Malaria in the Punjab - Number 46
Disease focus: Malaria
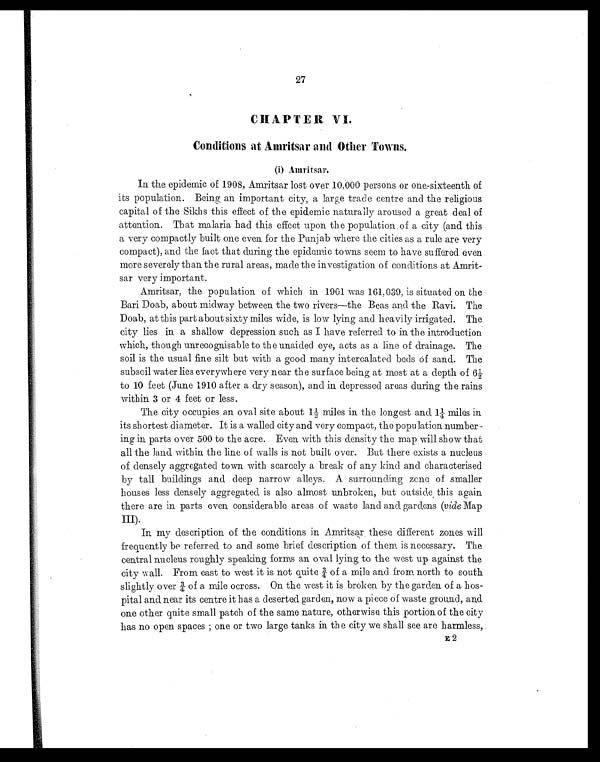
27
CHAPTER VI.
Conditions at Amritsar and Other Towns.
(i) Amritsar.
In the epidemic of 1908, Amritsar lost over 10,000 persons or one-sixteenth of
its population. Being an important city, a large trade centre and the religious
capital of the Sikhs this effect of the epidemic naturally aroused a great deal of
attention. That malaria had this effect upon the population of a city (and this
a very compactly built one even for the Punjab where the cities as a rule are very
compact), and the fact that during the epidemic towns seem to have suffered. even
more severely than the rural areas, made the investigation of conditions at Amrit-
sar very important.
Amritsar, the population of which in 1901 was 161,039, is situated on the
Bari Doab, about midway between the two rivers—the Beas and the Ravi. The
Doab, at this part about sixty miles wide, is low lying and heavily irrigated. The
city lies in a shallow depression such as I have referred to in the introduction
which, though unrecognisable to the unaided eye, acts as a line of drainage. The
soil is the usual fine silt but with a good many intercalated beds of sand. The
subsoil water lies everywhere very near the surface being at most at a depth of 6½
to 10 feet (June 1910 after a dry season), and in depressed areas during the rains
within 3 or 4 feet or less.
The city occupies an oval site about 1½ miles in the longest and 1¼ miles in
its shortest diameter. It is a walled city and very compact, the population number-
ing in parts over 500 to the acre. Even with this density the map will show that
all the land within the line of walls is not built over. But there exists a nucleus
of densely aggregated town with scarcely a break of any kind and characterised
by tall buildings and deep narrow alleys. A surrounding zone of smaller
houses less densely aggregated is also almost unbroken, but outside this again
there are in parts even considerable areas of waste land and gardens ( vide Map
III).
In my description of the conditions in Amritsar these different zones will
frequently be referred to and some brief description of them is necessary. The
central nucleus roughly speaking forms an oval lying to the west up against the
city wall. From east to west it is not quite ¾ of a mile and from north to south
slightly over ¾ of a mile ocross. On the west it is broken by the garden of a hos-
pital and near its centre it has a deserted garden, now a piece of waste ground, and
one other quite small patch of the same nature, otherwise this portion of the city
has no open spaces; one or two large tanks in the city we shall see are harmless,
E2